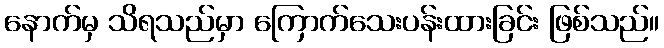
နောက်မှ သိရသည်မှာ ကြောက်သေးပန်းထားခြင်း ဖြစ်သည်။